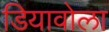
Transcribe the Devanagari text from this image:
डियावोला